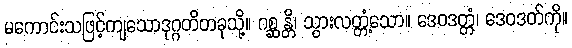
မကောင်းသဖြင့်ကျသောဒုဂ္ဂတိတခုသို့။ ဂစ္ဆန္တိ၊ သွားလတ္တံ့သော။ ဒေဝဒတ္တံ၊ ဒေဝဒတ်ကို။